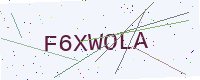
Text: F6XWOLA